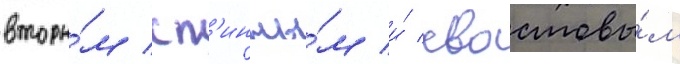
вторы́м сп'инны́м и́ хвостовы́м